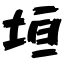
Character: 垣